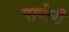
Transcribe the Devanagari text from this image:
पाणेरी